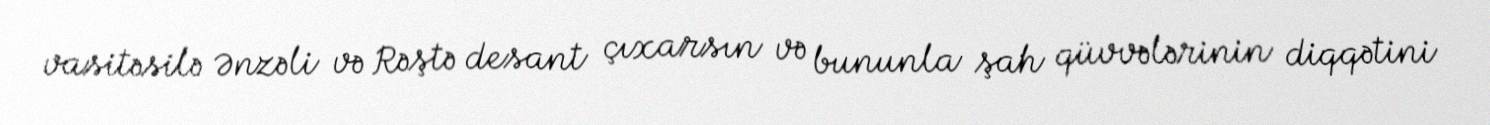
vasitəsilə Ənzəli və Rəştə desant çıxarsın və bununla şah qüvvələrinin diqqətini